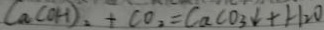
C a ( O H ) _ { 2 } + C O _ { 2 } = C a C O _ { 3 } \downarrow + H _ { 2 } O